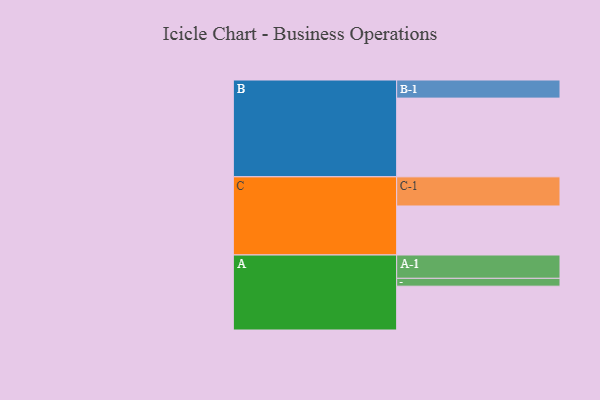
{"axis": {"x": "Segment", "y": "Value"}, "legend": ["", "A", "B", "C"], "data": [{"x": "A", "y": 329, "type": ""}, {"x": "B", "y": 591, "type": ""}, {"x": "C", "y": 368, "type": ""}, {"x": "A-1", "y": 175, "type": "A"}, {"x": "A-2", "y": 59, "type": "A"}, {"x": "B-1", "y": 136, "type": "B"}, {"x": "C-1", "y": 219, "type": "C"}]}